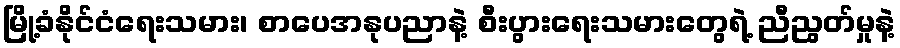
မြို့ခံနိုင်ငံရေးသမား၊ စာပေအနုပညာနဲ့ စီးပွားရေးသမားတွေရဲ့ ညီညွတ်မှုနဲ့